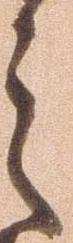
之